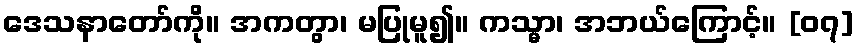
ဒေသနာတော်ကို။ အကတွာ၊ မပြုမူ၍။ ကသ္မာ၊ အဘယ်ကြောင့်။ [၀၇]